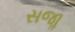
સજાૢ